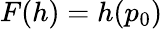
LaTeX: F(h)=h(p_{0})